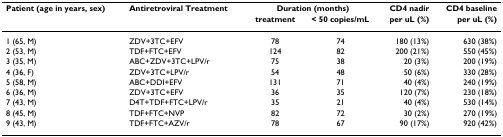
| Patient (age in years, sex) | Antiretroviral Treatment | <COLSPAN=2> Duration (months) | CD4 nadir | CD4 baseline |
 |  |  | treatment | < 50 copies/mL | per uL (%) | per uL (%) |
 | --- | --- | --- | --- | --- | --- |
 | 1 (65, M) | ZDV+3TC+EFV | 78 | 74 | 180 (13%) | 630 (38%) |
 | 2 (53, M) | TDF+FTC+EFV | 124 | 82 | 200 (21%) | 550 (45%) |
 | 3 (35, M) | ABC+ZDV+3TC+LPV/r | 75 | 38 | 20 (3%) | 200 (19%) |
 | 4 (36, F) | ZDV+3TC+LPV/r | 54 | 48 | 50 (6%) | 330 (28%) |
 | 5 (58, M) | ABC+DDI+EFV | 131 | 71 | 40 (4%) | 240 (19%) |
 | 6 (36, M) | ZDV+3TC+EFV | 36 | 35 | 120 (7%) | 230 (18%) |
 | 7 (43, M) | D4T+TDF+FTC+LPV/r | 35 | 21 | 40 (4%) | 530 (14%) |
 | 8 (45, M) | TDF+FTC+NVP | 82 | 72 | 30 (2%) | 270 (19%) |
 | 9 (43, M) | TDF+FTC+AZV/r | 78 | 67 | 90 (17%) | 920 (42%) |